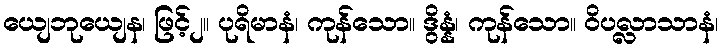
ယျေဘုယျေန၊ ဖြင့်၂။ ပုရိမာနံ၊ ကုန်သော။ ဒွိန္နံ၊ ကုန်သော။ ဝိပလ္လာသာနံ၊